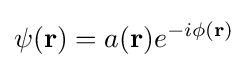
\psi ({\textbf {r}})=a({\textbf {r}})e^{-i\phi ({\textbf {r}})}